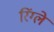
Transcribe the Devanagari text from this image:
रिंग्ले